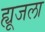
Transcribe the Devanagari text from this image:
ह्यूजला